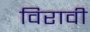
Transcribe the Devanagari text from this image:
विरावी